Vaccination United Provinces of Agra and Oudh 1914-1922 - 1914-1922
Year: 1914
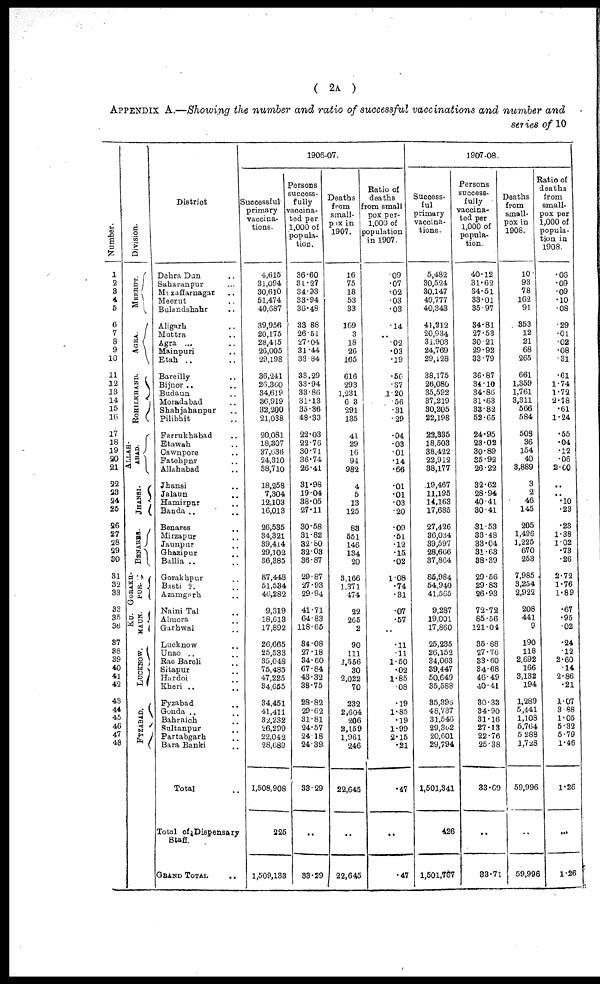
( 2A )
APPENDIX A.—Showing the number and ratio of successful vaccinations and number and
series of 10
Number.
1
2
3
4
5
6
7
8
9
10
11
12
13
14
15
16
17
18
19
20
21
22
23
24
25
26
27
28
29
30
31
32
33
33
35
36
37
38
39
40
41
42
43
44
45
46
47
48
Division.
MEERUT.
AGRA
ROHILKHAND.
ALLAH-
ABAD.
JHANSI.
BENARES.
GORAKH-
PUR.
KU-
MAUN.
LUCKNOW.
FYZABAD.
District
Dehra Dan ..
Saharanpur ..
Muzaffarnagar ..
Meerut ..
Bulandshahr ..
Aligarh ..
Muttra ..
Agra ..
Mainpuri ..
Etah ..
Bareilly ..
Bijnor ..
Budaun ..
Moradabad ..
Shahjahanpur ..
Pilibhit ..
Farrukhabad ..
Etawah ..
Cawnpore ..
Fatehpur ..
Allahabad ..
Jhansi ..
Jalaun ..
Hamirpur ..
Banda ..
Benares ..
Mirzapur ..
Jaunpur ..
Ghazipur ..
Ballia ..
Gorakhpur ..
Basti ..
Azamgarh ..
Naini Tal ..
Almora ..
Garhwal ..
Lucknow ..
Unao ..
Rao Bareli ..
Sitapur ..
Hardoi ..
Kheri ..
Fyzabad ..
Gonda ..
Bahraich ..
Sultanpur ..
Partabgarh ..
Bara Banki ..
Total ..
Total of Dispensary
Staff.
GRAND TOTAL ..
1906-07.
Successful
primary
vaccina-
tions.
4,615
31,094
30,610
51,474
40,687
39,956
20,175
28,415
26,005
29,198
36,241
26,360
34,619
36,919
32,200
21,038
20,081
18,307
37,636
24,310
38,710
18,258
7,304
12,103
16,013
26,535
34,321
39,414
29,102
36,385
87,448
51,534
46,282
9,319
18,613
17,892
26,665
25,533
35,048
75,485
47,225
34,655
34,451
41,411
32,232
26,299
22,042
28,689
1,508,908
225
1,509,133
Persons
success-
fully
vaccina-
ted per
1,000 of
popula-
tion.
36.60
31.27
34.93
33.94
36.48
33.88
26.51
27.04
31.44
33.84
33.29
33.94
33.86
31.13
35.36
48.33
22.03
22.76
30.71
36.74
26.41
31.98
19.04
38.05
27.11
30.58
31.82
32.80
32.03
36.87
29.87
27.93
29.94
41.71
64.83
118.65
34.08
27.18
34.60
67.84
43.32
38.75
28.82
29.62
31.81
24.57
24.18
24.39
33.29
..
33.29
Deaths
from
small-
pox in
1907.
16
75
18
53
33
169
3
18
26
165
616
293
1,231
603
291
135
41
29
16
94
982
4
5
13
125
83
551
146
134
20
3,166
1,371
474
22
265
2
90
111
1,556
30
2,022
70
232
2,604
206
2,159
1,961
246
22,645
..
22,645
Ratio of
deaths
from small
pox per-
1,000 of
population
in 1907.
.09
.07
.02
.03
.03
.14
..
.02
.03
.19
.56
.37
1.20
.56
.31
.29
.04
.03
.01
.14
.66
.01
.01
.03
.20
.09
.51
.12
.15
.02
1.08
.74
.31
.07
.57
..
.11
.11
1.50
.02
1.85
.08
.19
1.85
.19
1.99
2.15
.21
.47
..
.47
1907-08.
Success-
ful
primary
vaccina-
tions .
5,482
30,524
30,147
49,777
40,343
41,212
20,934
31,903
24,769
29,128
38,175
26,080
35,592
37,219
30,205
22,198
22,335
18,503
38,422
22,912
38,177
19,467
11,195
14,163
17,685
27,426
36,034
39,597
28,666
37,864
85,984
54,940
41,565
9,287
19,001
17,860
25,235
26,152
34,063
39,447
50,649
35,588
35,396
48,737
31,546
29,362
20,601
29,794
1,501,341
426
1,501,787
Persons
success-
fully
vaccina-
ted per
1,000 of
popula-
tion.
40.12
31.62
34.51
33.01
35.97
34.81
27.53
30.21
29.92
33.79
36.87
34.10
34.86
31.63
33.82
52.65
24.95
23.02
30.89
35.92
26.22
32.62
28.94
40.41
30.41
31.53
33.48
33.04
31.63
38.39
29.56
29.83
26.93
72.72
85.56
121.04
35.88
27.76
33.60
34.68
46.49
40.41
30.33
34.90
31.16
27.13
22.76
25.38
33.69
..
33.71
Deaths
from
small-
pox in
1908.
10
93
78
162
91
353
12
21
68
265
661
1,359
1,761
3,311
566
584
508
36
154
40
3,889
3
2
46
145
205
1,496
1,225
670
253
7,985
3,254
2,922
208
441
9
190
118
2,692
166
3,132
194
1,289
5,441
1,108
5,764
5,288
1,728
59,996
..
59,996
Ratio of
deaths
from
small-
pox per
1,000 of
popula-
tion in
1908.
.06
.09
.09
.10
.08
.29
.01
.02
.08
.31
.61
1.74
1.72
2.78
.61
1.24
.55
.04
.12
.06
2.60
..
..
.10
.23
.23
1.38
1.02
.73
.26
2.72
1.76
1.89
.67
.95
.02
.24
.12
2.60
.14
2.86
.21
1.07
3.88
1.05
5.32
5.79
1.46
1.26
..
1.26